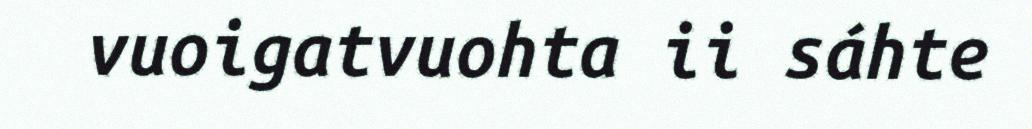
vuoigatvuohta ii sáhte